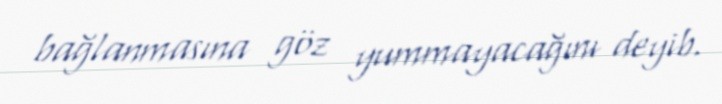
bağlanmasına göz yummayacağını deyib.